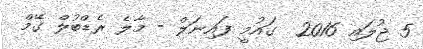
5 ޖުލައި 2016  ގައުމީ ފައިނަލް - މާލެ ރެޑްބުލް ގޭމް